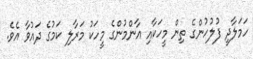
ހަމަލާދީ ފުލުހުންގެ ތިން މީހަކާއި އާންމުންގެ މީހަކު މަރާލި ކަމުގެ ދައުވާ އެވެ.